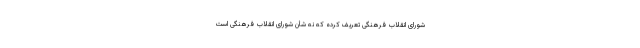
شورای انقلاب فرهنگی تعریف کرده که نه‌ شأن شورای انقلاب فرهنگی است